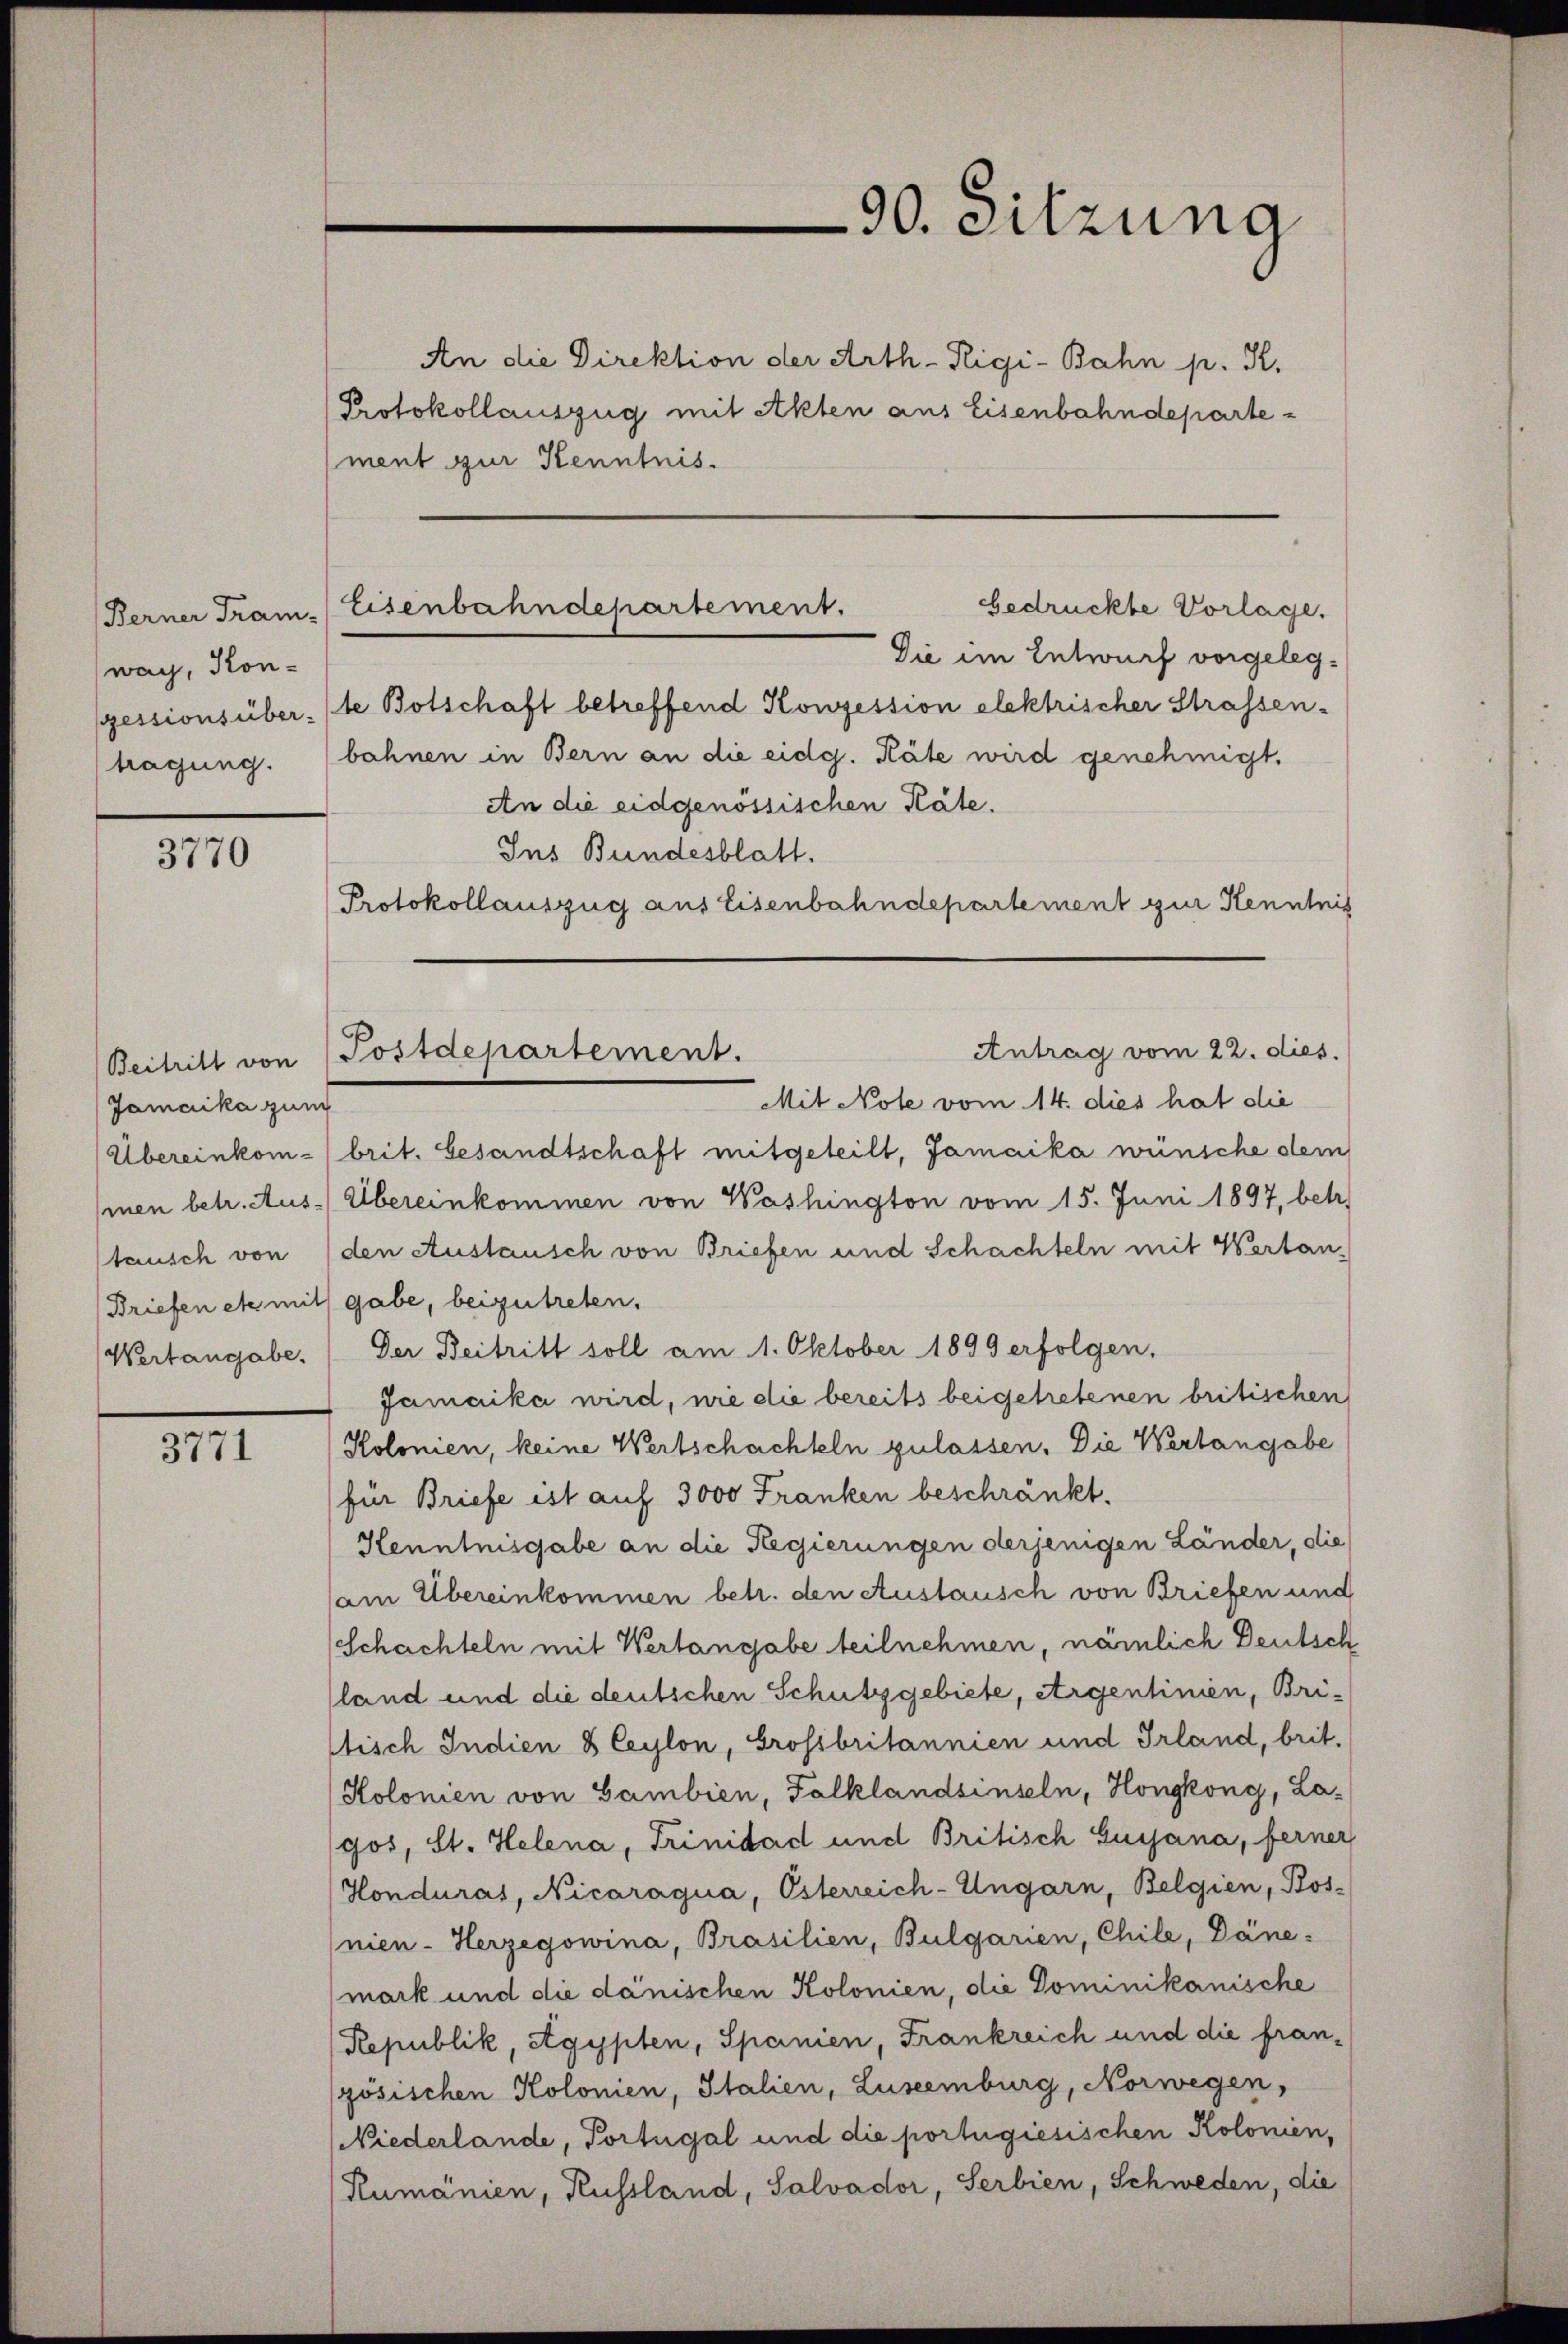
Berner Tram-
wag, Kon-
pessions über-
tragung.

3770

3771

Jamerika zum
Wertangabe.

An die Direktion der Arth-Rigi-Bahn p. K.
Protokollauszug mit Akten aus Eisenbahndepartement zur Kenntnis.

Eisenbahndepartement.
bedrückte Vorlage.
Die im Entwurf vorgeleg¬

90. Sitzung

te Botschaft betreffend Konzession elektrischer Strassen-
bahnen in Bern an die eidg. Räte wird genehmigt.
An die eidgenössischen Käte.
Ins Bundesblatt.
Protokollauszug aus Eisenbahndepartement zur Kenntnis

Antrag vom 22. dies
Beitritt von (Postdepartement.

Mit Note vom 14. dies hat die
(Übereinkom-brit. besandtschaft mitgeteilt, Jamaika wünsche dem
mnen betr. Aus-Übereinkommen von Washington vom 15. Juni 1897, betr.
tausch von (den Austausch von Briefen und Schachteln mit Vortan¬
Briefen etc mit gabe, beizutreten.
Der Beitritt soll am 1. Oktober 1899 erfolgen.
Jamaika wird, wie die bereits beigetretenen britischen
Kolonien, keine Wertschachteln zulassen. Die Wertangabe
für Briefe ist auf 3000 Franken beschränkt.
Henntnisgabe an die Regierungen derjenigen Länder, die
am Übereinkommen betr. den Austausch von Briefen und
(Schachteln mit Wertangabe teilnehmen, nämlich Deutsch
(land und die deutschen Schutzgebiete, Argenlinien, Bri-
tisch Indien 8 Ceylon, Grossbritannien und Irland, brit.
Kolonien von Gambien, Falklandsinseln, Hongkong, La-
gos, St. Helena, Trinidad und Britisch Guyjana, ferner
Honduras, Nicaraqua, Österreich-Ungarn, Belgien, Kos-
nien - Herzegowina, Brasilien, Bulgarien, Chile, Däne.
mark und die danischen Kolonien, die Dominikanische
Republik, Egypten, Spanien, Frankreich und die franszösischen Kolonien, Italien, Luseemburg, Norwegen,
Niederlande, Portugal und die portugiesischen Kolonien,
Kumänien, Russland, Salvador, Serbien, Schweden, die